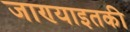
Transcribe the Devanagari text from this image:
जाण्याइतकी